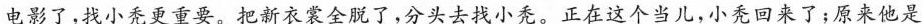
电影了，找小秃更重要。把新衣裳全脱了，分头去找小秃。正在这个当儿，小秃回来了；原来他是